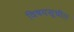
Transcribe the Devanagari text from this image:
विषयसूचीत